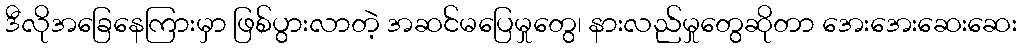
ဒီလိုအခြေနေကြားမှာ ဖြစ်ပွားလာတဲ့ အဆင်မပြေမှုတွေ၊ နားလည်မှုတွေဆိုတာ အေးအေးဆေးဆေး